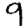
Digit: 9